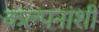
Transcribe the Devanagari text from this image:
कल्पनाशी